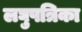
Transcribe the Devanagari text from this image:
लघुपत्रिका